Mental hospitals Bombay report 1921-28 - 1921-1928
Year: 1921
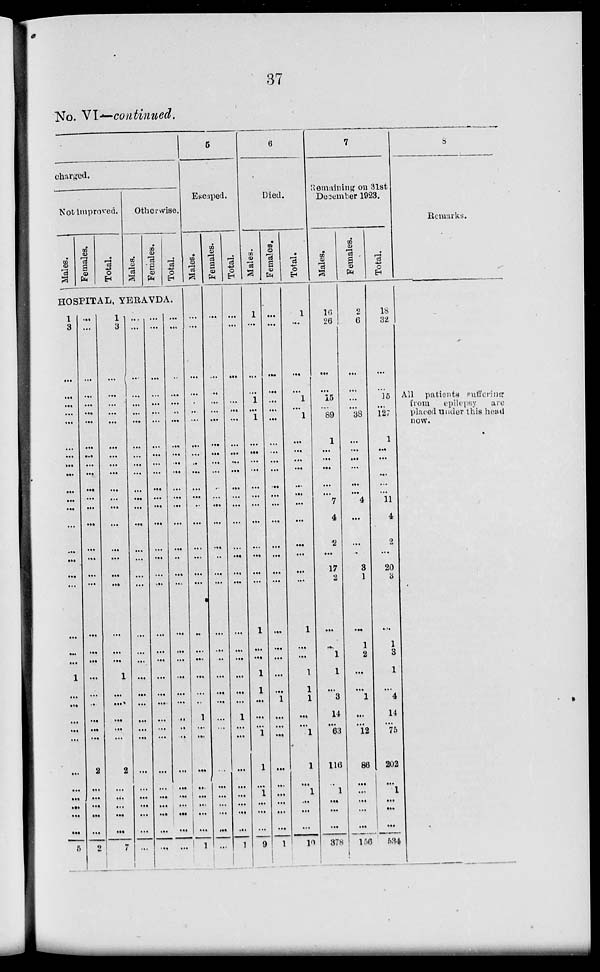
37
No. VI—continued.
charged.
Not improved.
Males.
Females.
Total.
Otherwise.
Males.
Females.
Total.
HOSPITAL , YERAVDA.
1
3
...
...
...
...
...
...
...
...
...
...
...
...
...
...
...
...
...
...
...
...
1
...
...
...
...
...
...
...
...
...
...
...
5
...
...
...
...
...
...
...
...
...
...
...
...
...
...
...
...
...
...
...
...
...
...
...
...
...
...
...
...
2
...
...
...
...
...
2
1
3
...
...
...
...
...
...
...
...
...
...
...
...
...
...
...
...
...
...
...
...
1
...
...
...
...
...
2
...
...
...
...
...
7
...
...
...
...
...
...
...
...
...
...
...
...
...
...
...
...
...
...
...
...
...
...
...
...
...
...
...
...
...
...
...
...
...
...
...
...
...
...
...
...
...
...
...
...
...
...
...
...
...
...
...
...
...
...
...
...
...
...
...
...
...
...
...
...
...
...
...
...
...
...
...
...
...
...
...
...
...
...
...
...
...
...
...
..
...
...
...
...
...
...
...
...
...
...
...
...
...
...
...
...
...
...
5
Escaped.
Males.
...
...
...
...
...
...
...
...
...
..
...
...
...
...
...
...
...
...
...
..
...
...
...
...
...
1
...
...
...
...
...
...
...
...
1
Females.
...
...
...
..
...
...
...
...
...
...
...
...
...
...
...
...
...
...
...
...
...
...
...
...
...
...
...
...
...
...
...
...
...
...
...
Total.
...
...
...
...
...
...
...
...
...
...
...
...
...
...
...
...
...
...
...
...
...
...
...
...
...
1
...
...
...
...
...
...
...
...
1
6
Died.
Males.
1
...
...
...
1
...
1
...
...
...
...
...
...
...
...
...
...
...
...
1
...
...
1
1
...
...
...
1
1
...
1
...
...
...
9
Females.
...
...
...
...
...
...
...
...
...
...
...
...
...
...
...
...
...
...
...
...
...
...
...
...
1
...
...
...
...
...
...
...
...
...
1
Total.
1
...
...
...
1
...
1
...
...
...
...
...
...
...
...
...
...
...
...
1
...
...
1
1
1
...
... 1
1
...
1
...
...
...
10
7
Remaining on 31st
December 1923.
Males.
16
26
...
...
15
...
89
1
...
...
...
...
...
7
4
2
...
17
2
...
...
1
1
...
3
14
... 63
116
..
1
...
...
...
378
Females.
2
6
...
...
...
...
38
...
...
...
...
...
...
4
...
...
...
3
1
...
1
2
...
...
1
...
... 12
86
...
...
...
...
...
156
Total.
18
32
...
...
15
...
127
1
...
...
...
...
...
11
4
2
...
20
3
...
1
3
1
...
4
14
... 75
202
...
1
...
...
...
534
8
Remarks.
All patients suffering
from
epilepsy
are
placed under this head
now.